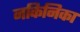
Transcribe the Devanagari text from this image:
नकिनिका